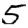
Digit: 5